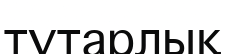
тұтарлық